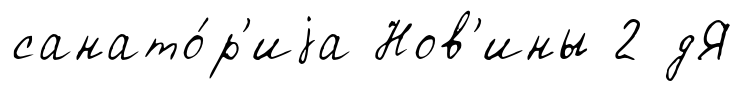
санато́р'иjа Нов'ины 2 дЯ